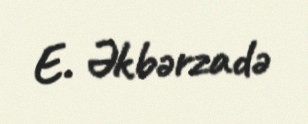
E. Əkbərzadə